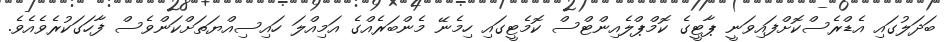
ބަދަލުގައި އެޑްރެސްކޮށްފައިވަނީ ޕާޓީގެ ކޮމްޕްލެއިންޓްސް ކޮމެޓީގައި ހިމެނޭ މެންބަރެއްގެ އަމިއްލަ ހައިސިއްޔަތަށްކަންވެސް ފާހަގަކުރެވެއެވެ.